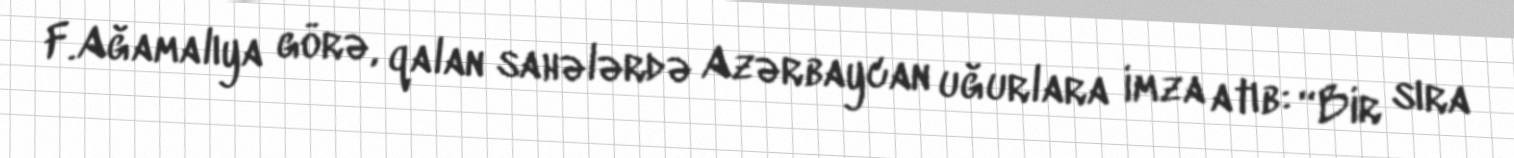
F.Ağamalıya görə, qalan sahələrdə Azərbaycan uğurlara imza atıb: “Bir sıra